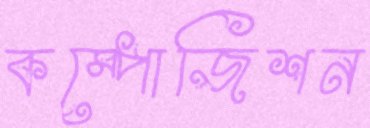
কম্পোজিশন